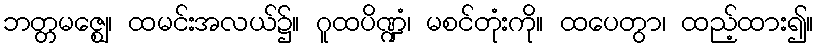
ဘတ္တမဇ္ဈေ၊ ထမင်းအလယ်၌။ ဂူထပိဏ္ဍံ၊ မစင်တုံးကို။ ထပေတွာ၊ ထည့်ထား၍။